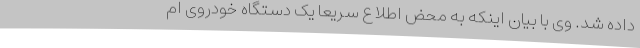
داده شد. وی با بیان اینکه به محض اطلاع سریعاً یک دستگاه خودروی ام